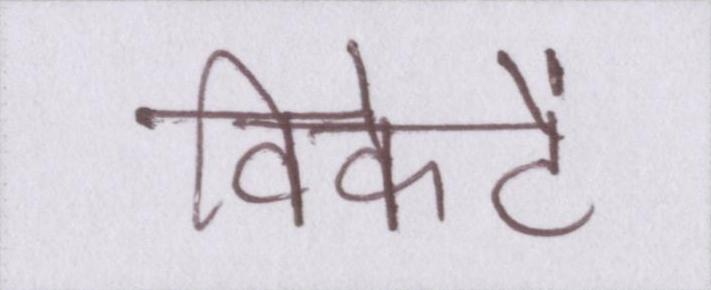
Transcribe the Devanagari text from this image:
विकेटें